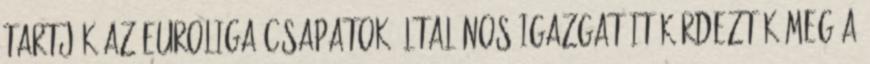
tartják Az Euroliga csapatok általános igazgatóit kérdezték meg a